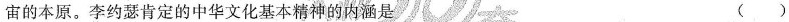
宙的本原。李约瑟肯定的中华文化基本精神的内涵是 ( )